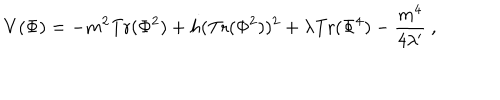
V ( \Phi ) = - m ^ { 2 } \mathrm { T r } ( \Phi ^ { 2 } ) + h ( \mathrm { T r } ( \Phi ^ { 2 } ) ) ^ { 2 } + \lambda \mathrm { T r } ( \Phi ^ { 4 } ) - { \frac { m ^ { 4 } } { 4 \lambda ^ { \prime } } } \ ,